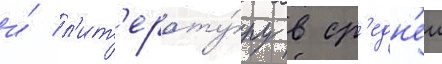
и́ л'ит'ерату́ру в ср'едн'еи